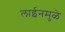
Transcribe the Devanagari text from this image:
लाईनमुळे